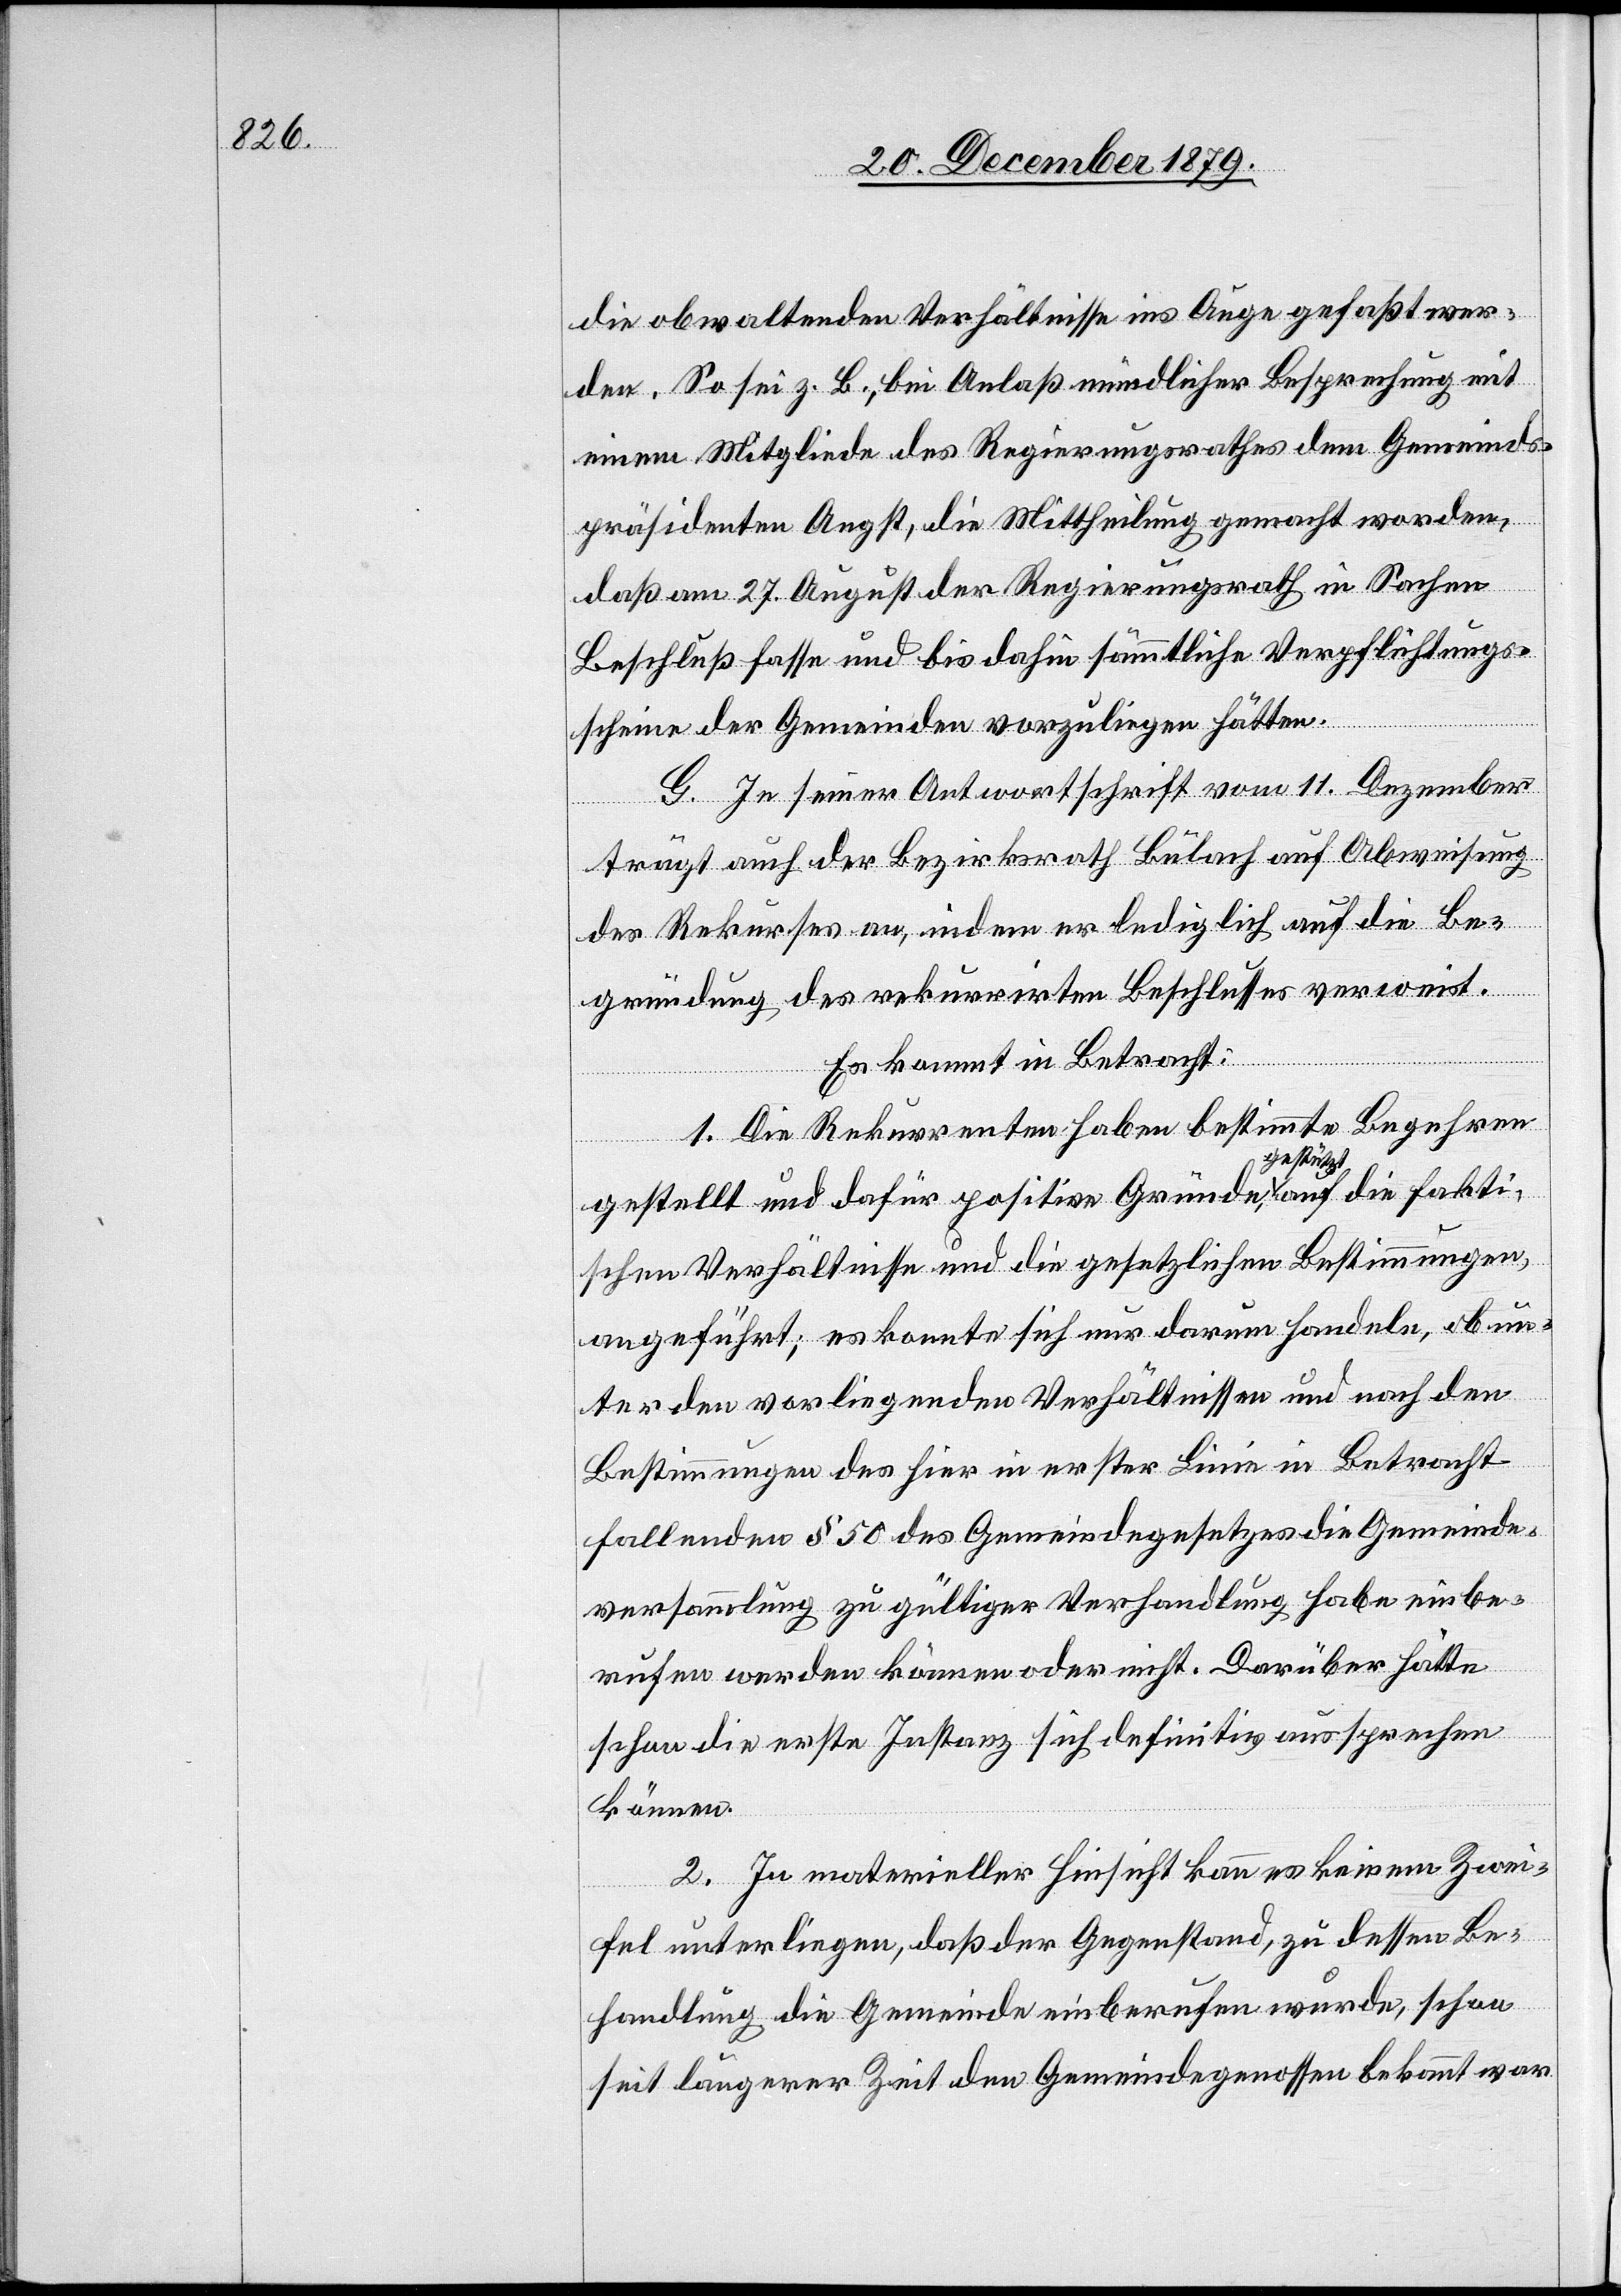
die obwaltenden Verhältnisse ins Auge gefaßt wer¬
den. So sei z. B., bei Anlaß mündlicher Besprechung mit
einem Mitgliede des Regierungsrathes dem Gemeinds¬
präsidenten Angst, die Mittheilung gemacht worden,
daß am 27. August der Regierungsrath in Sachen
Beschluß fasse und bis dahin sämmtliche Verpflichtungs¬
scheine der Gemeinden vorzuliegen hätten.
G. In seiner Antwortschrift vom 11. Dezember
trägt auch der Bezirksrath Bülach auf Abweisung
des Rekurses an, indem er lediglich auf die Be¬
gründung des rekurrirten Beschlusses verweist.
Es kommt in Betracht:
1. Die Rekurrenten haben bestimmte Begehren
gestellt und dafür positive Gründe, gestützt auf die fakti¬
schen Verhältnisse und die gesetzlichen Bestimmungen,
angeführt; es konnte sich nur darum handeln ob un¬
ter den vorliegenden Verhältnissen und nach den
Bestimmungen des hier in erster Linie in Betracht
fallenden § 50 des Gemeindegesetzes die Gemeinde¬
versammlung zu gültiger Verhandlung habe einbe¬
rufen werden können oder nicht. Darüber hätte
schon die erste Instanz sich definitiv aussprechen
können.
2. In materieller Hinsicht kann es keinem Zwei¬
fel unterliegen, daß der Gegenstand, zu dessen Be¬
handlung die Gemeinde einberufen wurde, schon
seit längerer Zeit den Gemeindegenossen bekannt war,